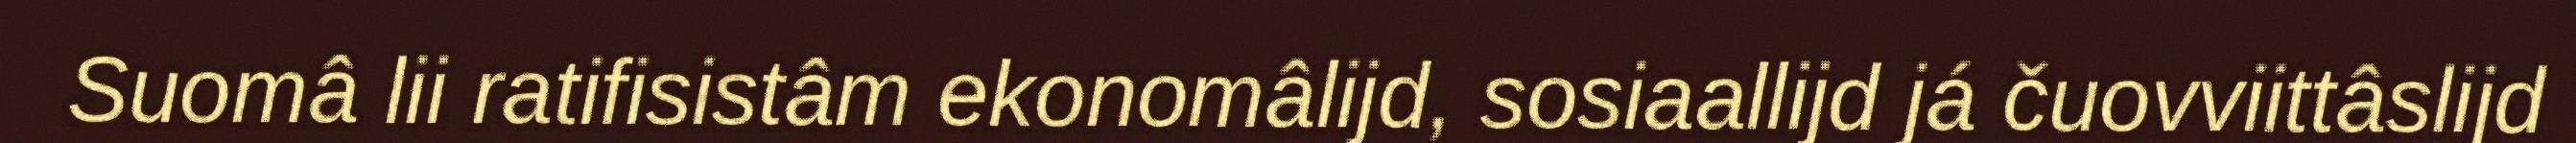
Suomâ lii ratifisistâm ekonomâlijd, sosiaallijd já čuovviittâslijd